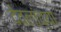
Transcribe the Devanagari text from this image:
देवलांच्या